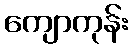
ကျောကုန်း